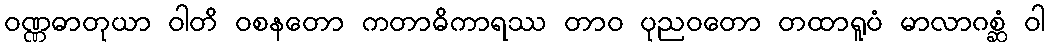
ဝဏ္ဏဓာတုယာ ဝါတိ ဝစနတော ကတာဓိကာရဿ တာဝ ပုညဝတော တထာရူပံ မာလာဂစ္ဆံ ဝါ